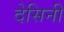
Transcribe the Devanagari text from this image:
देसिनी